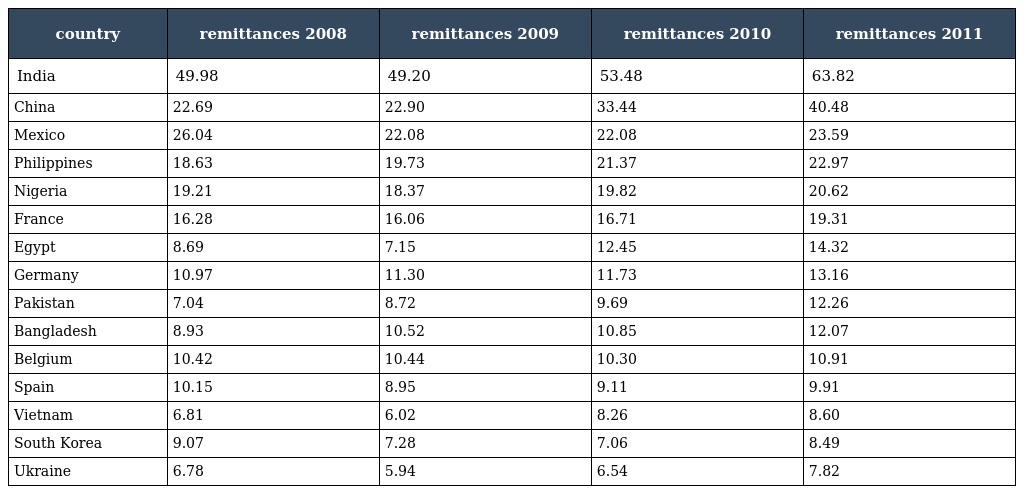
| country | remittances 2008 | remittances 2009 | remittances 2010 | remittances 2011 |
 | --- | --- | --- | --- | --- |
 | India | 49.98 | 49.20 | 53.48 | 63.82 |
 | China | 22.69 | 22.90 | 33.44 | 40.48 |
 | Mexico | 26.04 | 22.08 | 22.08 | 23.59 |
 | Philippines | 18.63 | 19.73 | 21.37 | 22.97 |
 | Nigeria | 19.21 | 18.37 | 19.82 | 20.62 |
 | France | 16.28 | 16.06 | 16.71 | 19.31 |
 | Egypt | 8.69 | 7.15 | 12.45 | 14.32 |
 | Germany | 10.97 | 11.30 | 11.73 | 13.16 |
 | Pakistan | 7.04 | 8.72 | 9.69 | 12.26 |
 | Bangladesh | 8.93 | 10.52 | 10.85 | 12.07 |
 | Belgium | 10.42 | 10.44 | 10.30 | 10.91 |
 | Spain | 10.15 | 8.95 | 9.11 | 9.91 |
 | Vietnam | 6.81 | 6.02 | 8.26 | 8.60 |
 | South Korea | 9.07 | 7.28 | 7.06 | 8.49 |
 | Ukraine | 6.78 | 5.94 | 6.54 | 7.82 |